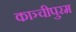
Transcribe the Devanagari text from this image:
काञ्चीपुरम